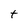
Character: t